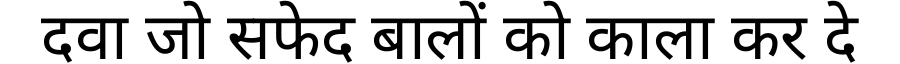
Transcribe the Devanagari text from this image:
दवा जो सफेद बालों को काला कर दे